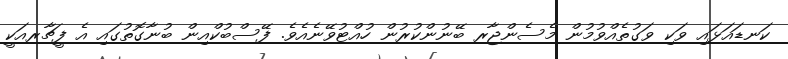
ކަނޑައަޅައި ވަކި ވަގުތެއްވުމުން މެސެންޖާރ ބޭނުންކުރުން ހުއްޓުވޭނެއެވެ. ފޭސްބުކްއިން ބުނާގޮތުގައި އެ ފީޗާރއަކީ